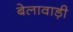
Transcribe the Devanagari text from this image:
बेलावाड़ी